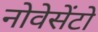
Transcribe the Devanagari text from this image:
नोवेसेंटो